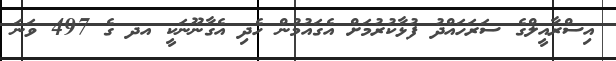
އިސްރާއީލްގެ ސަރަހައްދު ފުޅާކުރުމަށް އެގައުމުން ހެދި އެގާނޫނަކީ އދ ގެ 497 ވަނަ